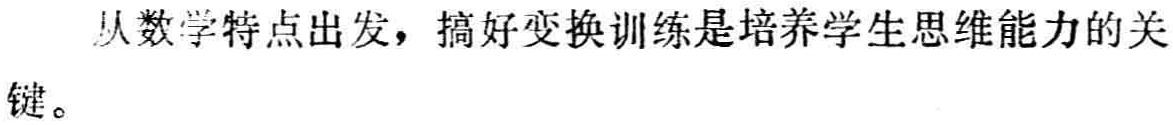
从数学特点出发，搞好变换训练是培养学生思维能力的关键。